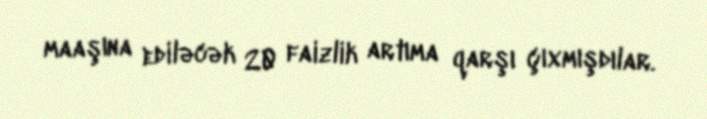
maaşına ediləcək 20 faizlik artıma qarşı çıxmışdılar.